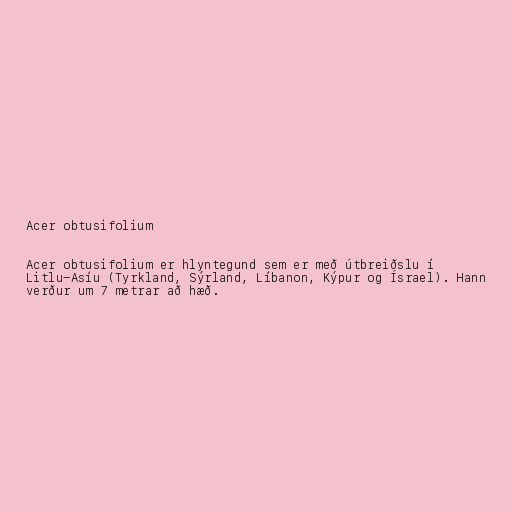
Acer obtusifolium

Acer obtusifolium er hlyntegund sem er með útbreiðslu í
Litlu-Asíu (Tyrkland, Sýrland, Líbanon, Kýpur og Ísrael). Hann
verður um 7 metrar að hæð.